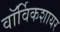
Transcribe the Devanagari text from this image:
वॉर्विकशायर